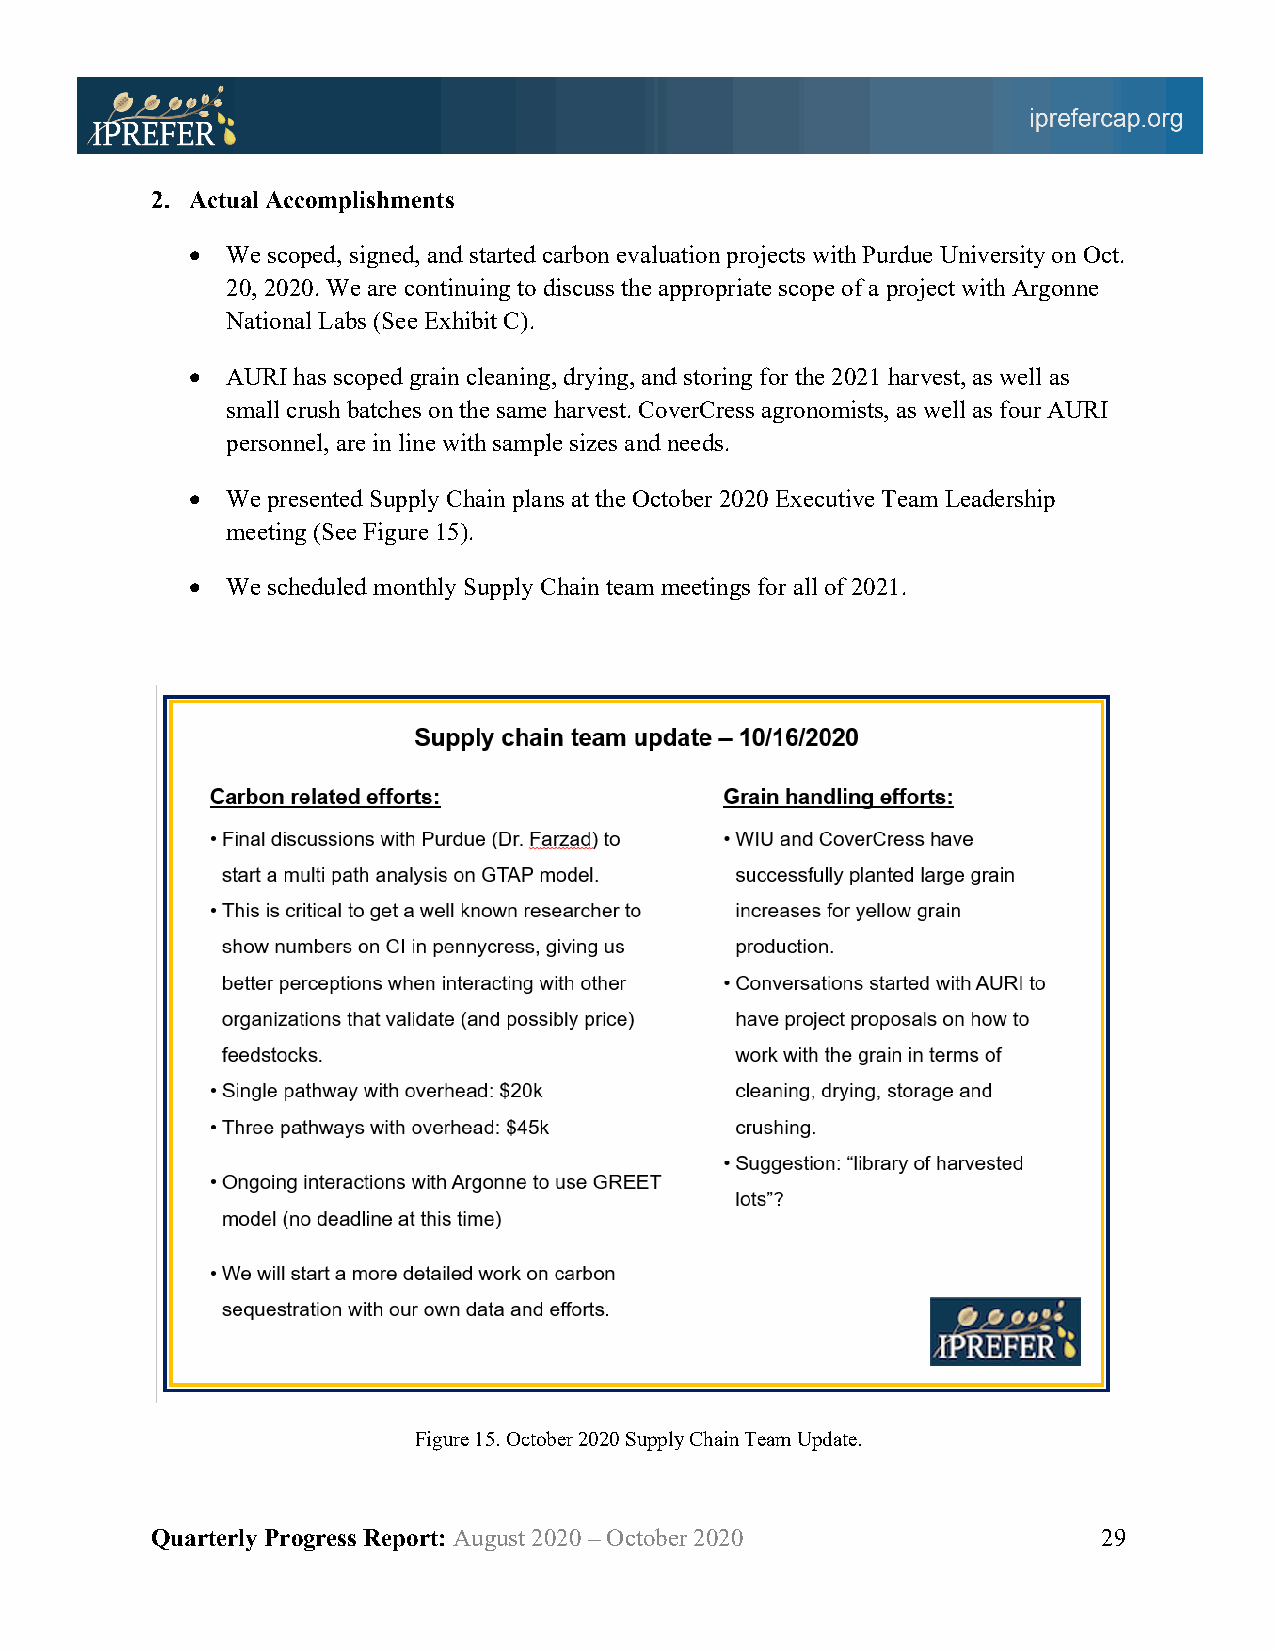
2. Actual Accomplishments
 •  We scoped, signed, and started carbon evaluation projects with Purdue University on Oct.
 20, 2020. We are continuing to discuss the appropriate scope of a project with Argonne
 National Labs (See Exhibit C).
 •  AURI has scoped grain cleaning, drying, and storing for the 2021 harvest, as well as
 small crush batches on the same harvest. CoverCress agronomists, as well as four AURI
 personnel, are in line with sample sizes and needs.
 •  We presented Supply Chain plans at the October 2020 Executive Team Leadership
 meeting (See Figure 15).
 •  We scheduled monthly Supply Chain team meetings for all of 2021.
 Figure 15. October 2020 Supply Chain Team Update.
 Quarterly Progress Report: August 2020 – October 2020          29